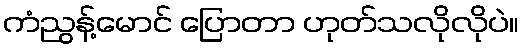
ကံညွန့်မောင် ပြောတာ ဟုတ်သလိုလိုပဲ။